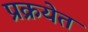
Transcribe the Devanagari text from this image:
प्रक्रयेत